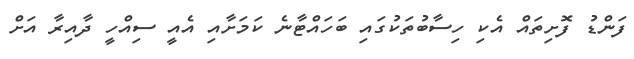
ފަންޑު ފޮށިތައް އެކި ހިސާބުތަކުގައި ބަހައްޓާނެ ކަމަށާއި އެއީ ސިއްހީ ދާއިރާ އަށް